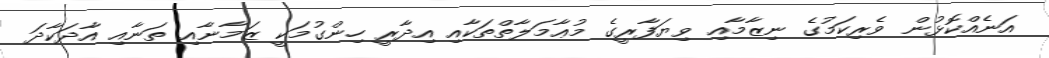
އަނެއްކޮޅުން ވެރިކަމުގެ ނިޒާމާއި ވިޔަފާރީގެ މުޢާމަލާތްތަކާއި އިދާރީ ހިންގުމަކީ ޒަމާނާއި ތަނާއި އާދަކާދަ